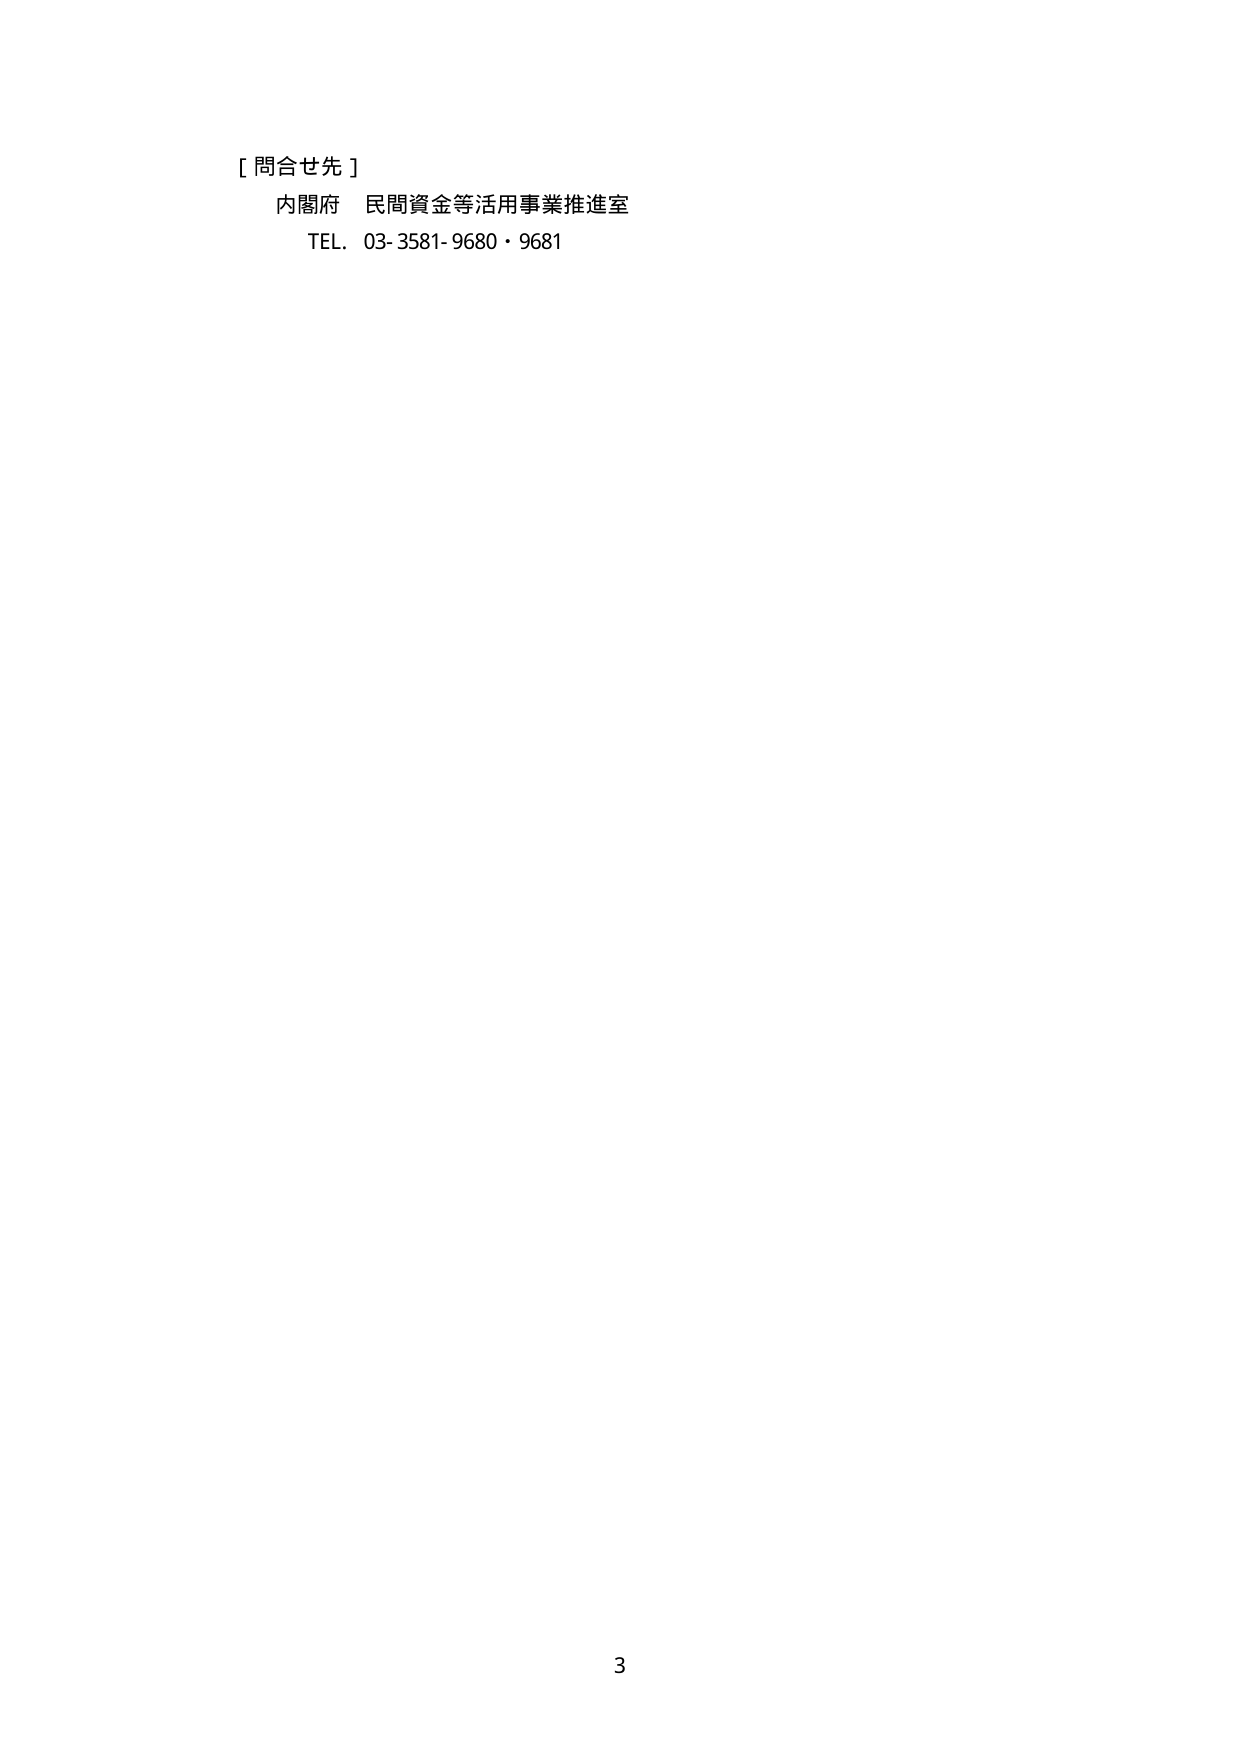
[ 問合せ先 ]
内閣府 民間資金等活用事業推進室
TEL. 03-3581-9680・9681
3